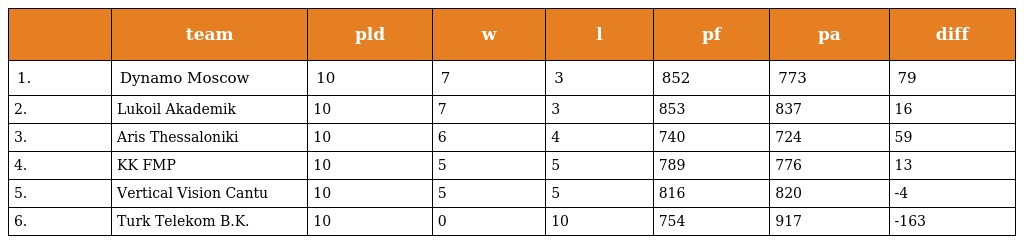
|  | team | pld | w | l | pf | pa | diff |
 | --- | --- | --- | --- | --- | --- | --- | --- |
 | 1. | Dynamo Moscow | 10 | 7 | 3 | 852 | 773 | 79 |
 | 2. | Lukoil Akademik | 10 | 7 | 3 | 853 | 837 | 16 |
 | 3. | Aris Thessaloniki | 10 | 6 | 4 | 740 | 724 | 59 |
 | 4. | KK FMP | 10 | 5 | 5 | 789 | 776 | 13 |
 | 5. | Vertical Vision Cantu | 10 | 5 | 5 | 816 | 820 | -4 |
 | 6. | Turk Telekom B.K. | 10 | 0 | 10 | 754 | 917 | -163 |